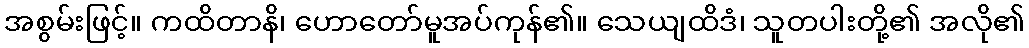
အစွမ်းဖြင့်။ ကထိတာနိ၊ ဟောတော်မူအပ်ကုန်၏။ သေယျထိဒံ၊ သူတပါးတို့၏ အလို၏